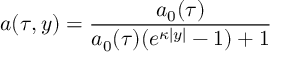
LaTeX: a ( \tau , y ) = \frac { a _ { 0 } ( \tau ) } { a _ { 0 } ( \tau ) ( e ^ { \kappa | y | } - 1 ) + 1 }